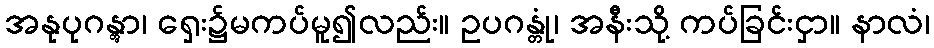
အနုပုဂန္တွာ၊ ရှေး၌မကပ်မူ၍လည်း။ ဥပဂန္တုံ၊ အနီးသို့ ကပ်ခြင်းငှာ။ နာလံ၊